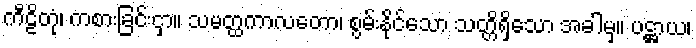
ကီဠိတုံ၊ ကစားခြင်းငှာ။ သမတ္ထကာလတော၊ စွမ်းနိုင်သော သတ္တိရှိသော အခါမှ။ ပဋ္ဌာယ၊